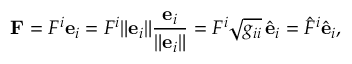
\mathbf { F } = F ^ { i } \mathbf { e } _ { i } = F ^ { i } { \lVert { \mathbf { e } _ { i } } \rVert } { \frac { \mathbf { e } _ { i } } { \lVert { \mathbf { e } _ { i } } \rVert } } = F ^ { i } { \sqrt { g _ { i i } } } \, { \hat { \mathbf { e } } } _ { i } = { \hat { F } } ^ { i } { \hat { \mathbf { e } } } _ { i } ,